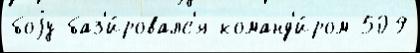
боjу баз'и́ровалс'я команд'и́ром 509